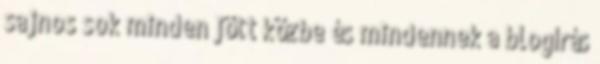
sajnos sok minden jött közbe és mindennek a blogírás